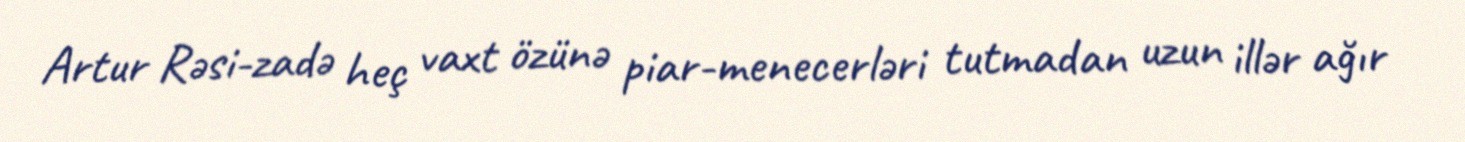
Artur Rəsi-zadə heç vaxt özünə piar-menecerləri tutmadan uzun illər ağır